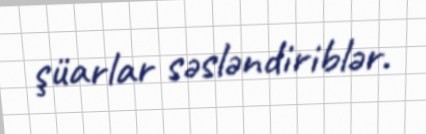
şüarlar səsləndiriblər.